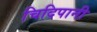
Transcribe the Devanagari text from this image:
चिदिपानी